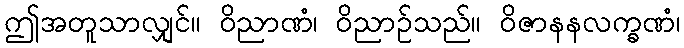
ဤအတူသာလျှင်။ ဝိညာဏံ၊ ဝိညာဉ်သည်။ ဝိဇာနနလက္ခဏံ၊